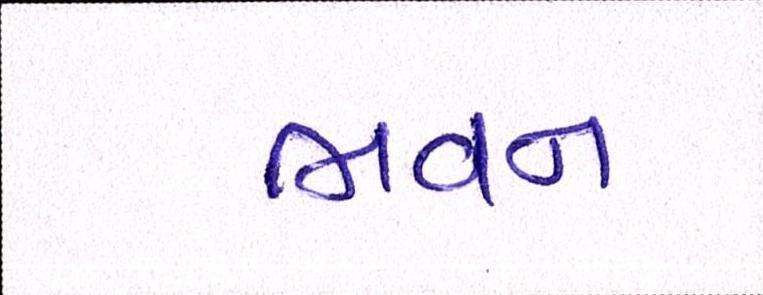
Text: ભવન